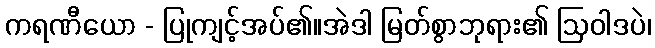
ကရဏီယော - ပြုကျင့်အပ်၏။အဲဒါ မြတ်စွာဘုရား၏ ဩဝါဒပဲ၊